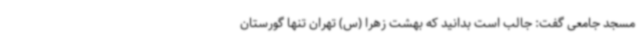
مسجد جامعی گفت: جالب است بدانید که بهشت زهرا (س) تهران تنها گورستان